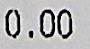
0.00